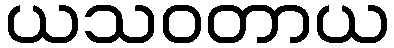
ယသဝတာယ